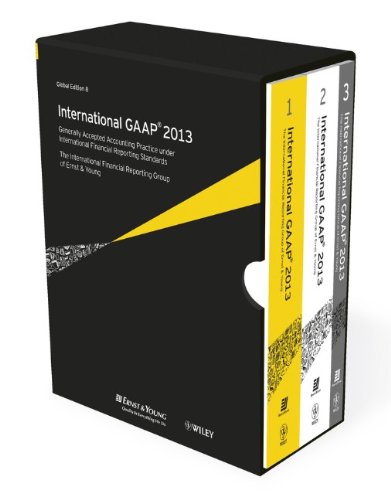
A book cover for International GAAP 2013: Generally Accepted Accounting Principles under International Financial Reporting Standards; Ernst & Young; Business & Money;